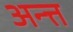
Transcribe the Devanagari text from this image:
अन्त्त